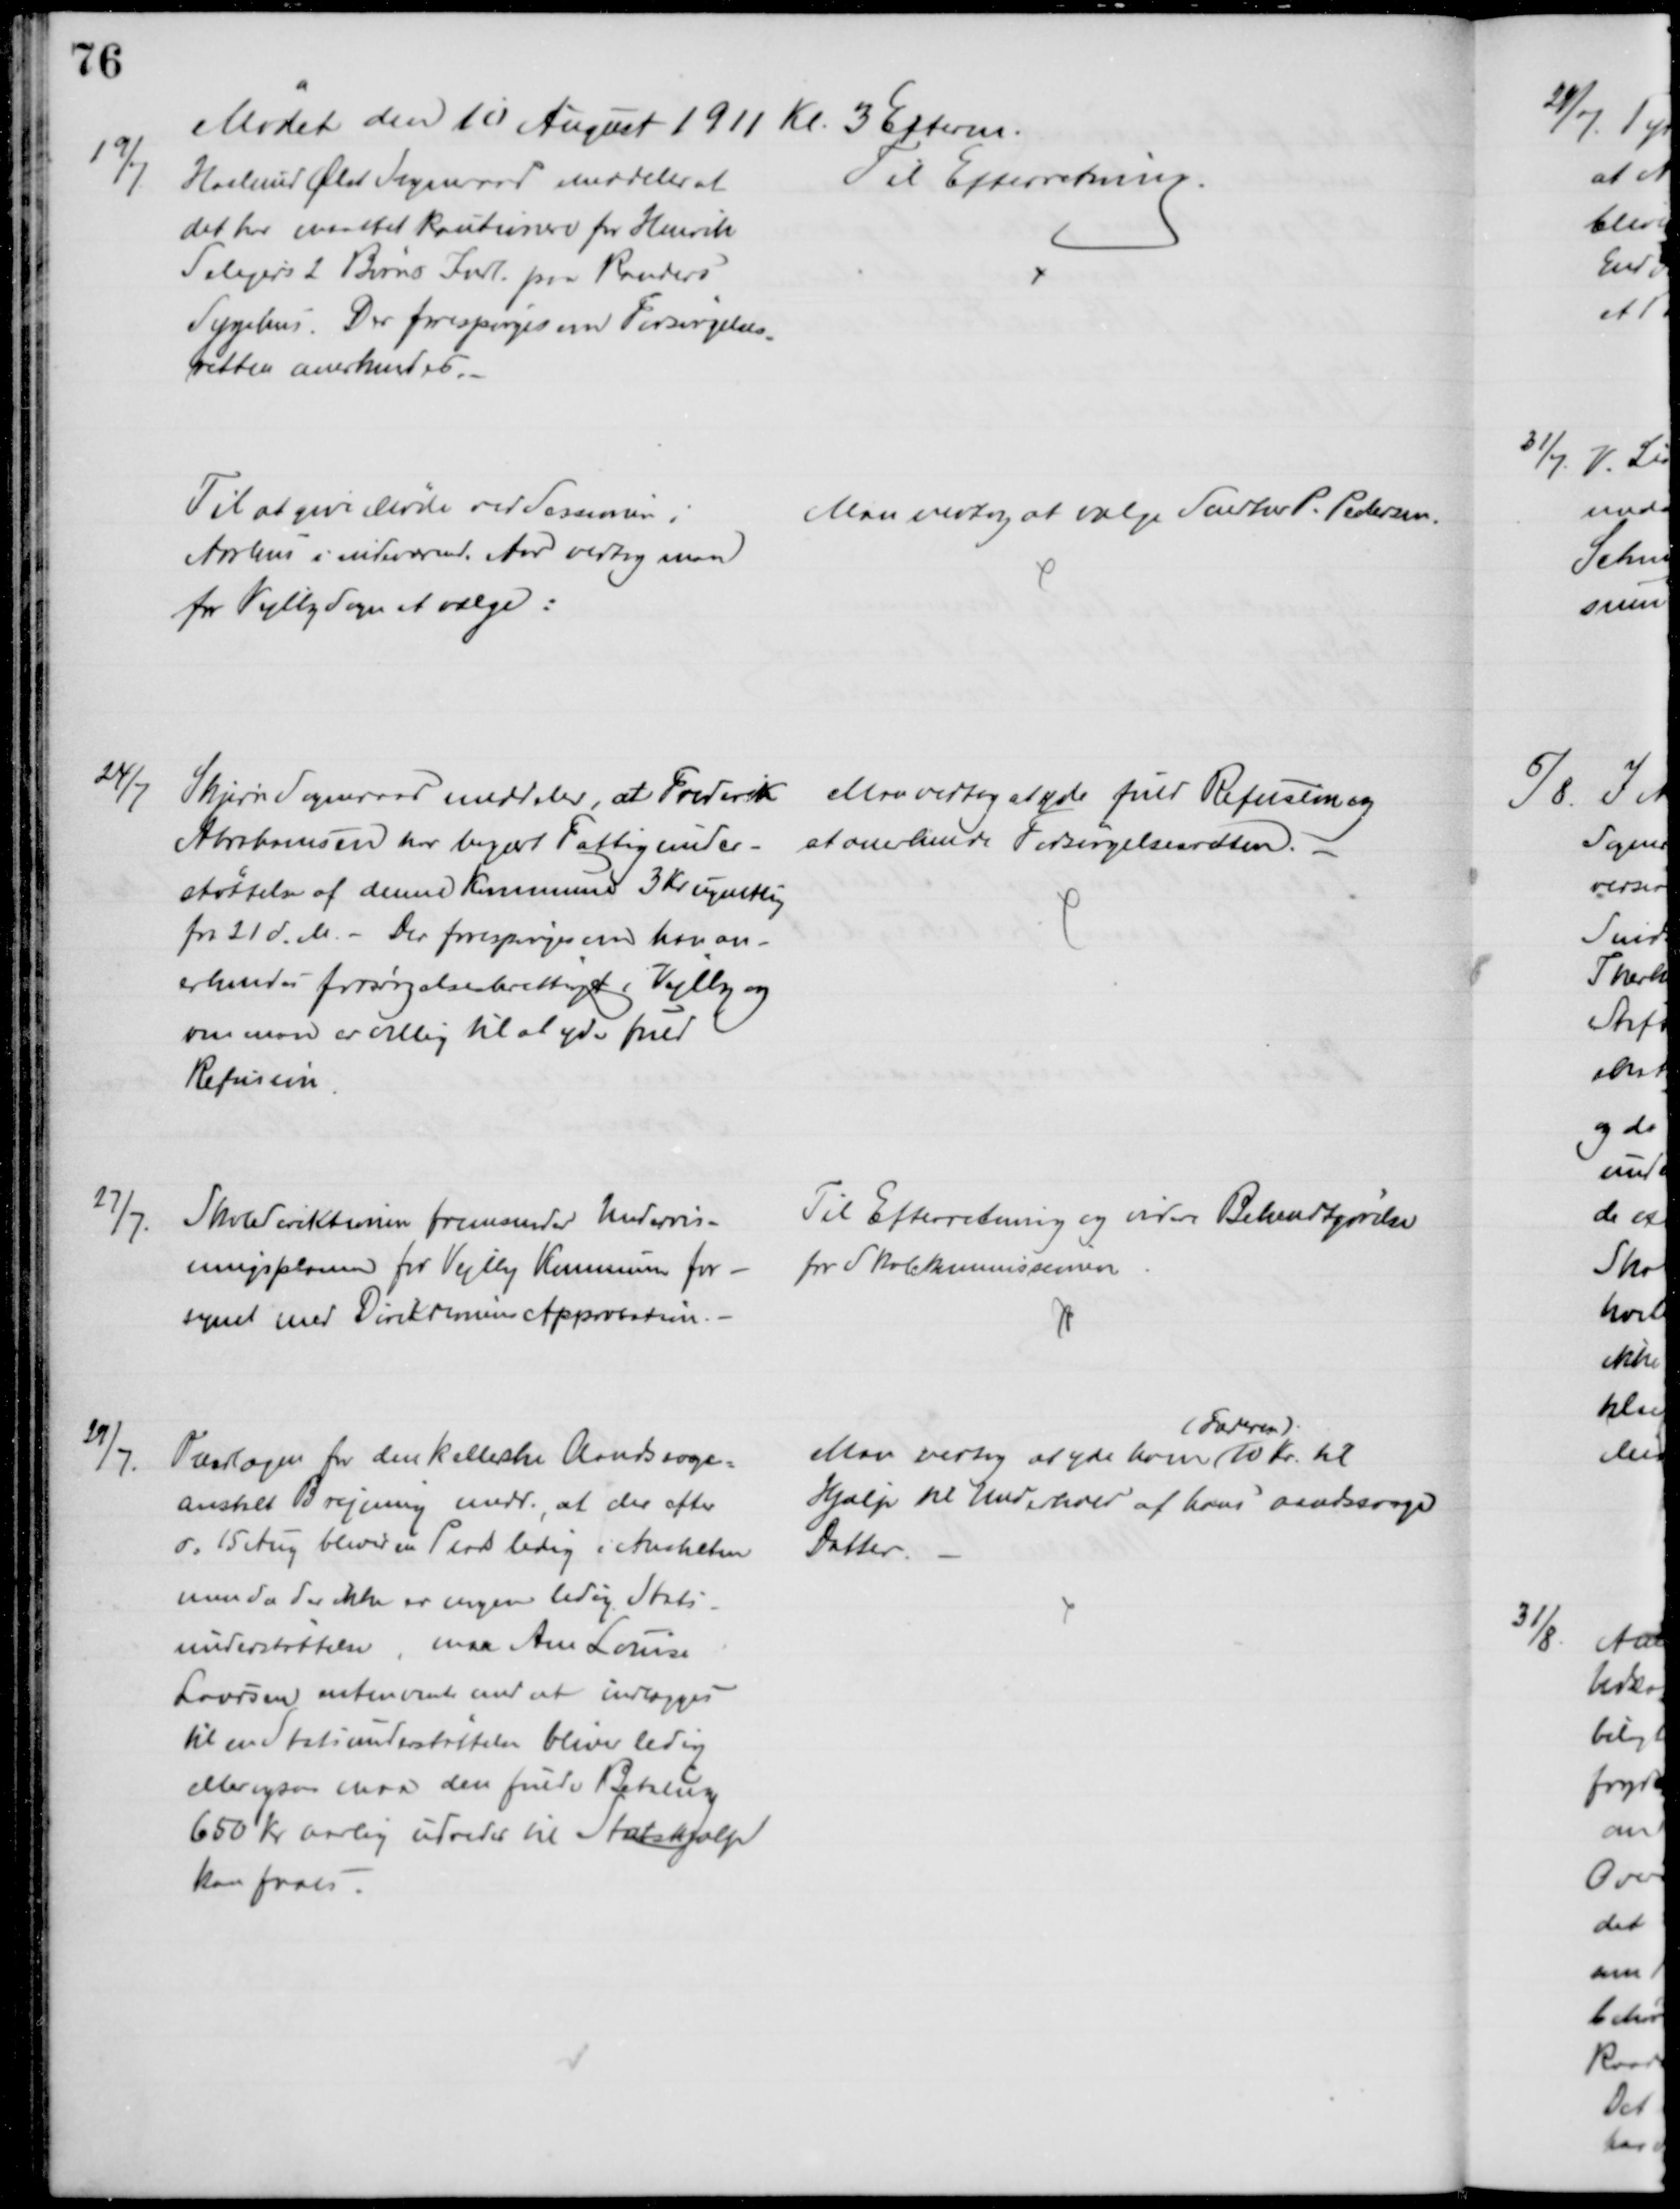
Transskription:
Mødet den 10 August 1911 Kl. 3 Efterm.
19/7
Haslund Ølst Sogneraad meddeler at
det har maattet kautionere for Henrik
Seligers 2 Børns Indl. paa Randers
Sygehus. Der forespørges om Forsørgelses
-
retten anerkendes
Til Efterretning.
Til at give Møde ved Sessionen i
Aarhus i indeværende Aar vedtog man
for Vejlby Sogn at vælge:
Man vedtog at vælge Snedker P. Pedersen.
24/7
Skjern Sogneraad meddeler, at Frederik
Abrahamsen har begært Fattigunder-
støttelse af denne Kommune 3 Kr ugentlig
fra 21 d. M. - Der forespørges om han an-
erkendes forsørgelsesberettiget i Vejlby og
om man er villig til at yde fuld
Refusion
Man vedtog at yde fuld Refusion og
at anerkende Forsørgelsesretten. 
27/7.
Skoledirektionen fremsender Undervis-
ningsplanen for Vejlby Kommune for -
synet med Direktionens Approbation.
Til Efterretning og videre Bekendtgørelse
for Skolekommissionen
29/7.
Overlægen for den kellerske Aandssvage-
anstalt Brejning medd., at der efter
d. 15 Aug bliver en Plads ledig i Anstalten
men da der ikke er nogen ledig Stats-
understøttelse, maa Ane Louise
Laursen enten vente med at indlægges
til en Statsunderstøttelse bliver ledig
eller ogsaa maa den fulde Betaling
650 Kr aarlig udredes til Statshjælp
kan faaes
Man vedtog at yde ham  
(Faderen).
10 Kr. til 
Hjælp til Underhold af hans aandssvage
Datter.